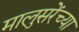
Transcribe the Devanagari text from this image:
मालुसरेंच्या